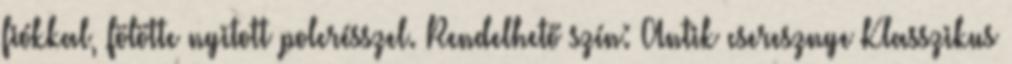
fiókkal, fölötte nyitott polcrésszel. Rendelhető szín: Antik cseresznye Klasszikus